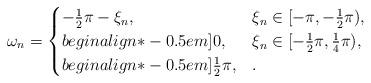
LaTeX: \begin{align*} \omega_n = \begin{cases} -\frac{1}{2}\pi - \xi_n, & \xi_n \in [-\pi, -\frac{1}{2}\pi),\\begin{align*}-0.5em] 0, & \xi_n \in [-\frac{1}{2}\pi, \frac{1}{4}\pi), \\begin{align*}-0.5em] \frac{1}{2}\pi, &. \end{cases} \end{align*}